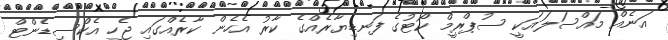
އަނެއް މައްސަލައަކީ ސުޕްރީމް ކޯޓުގެ ފަނޑިޔާރެއްގެ ކާރު އެހެން ކާރެއްގައި ޖެހި އެކްސިޑެންޓް